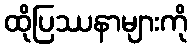
ထိုပြဿနာများကို